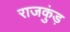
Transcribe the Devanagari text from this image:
राजकुंड़